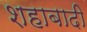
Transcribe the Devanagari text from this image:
शहाबादी